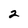
Character: 2